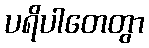
ပရိပါတေတွာ